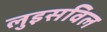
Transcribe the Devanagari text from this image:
लुइसविल